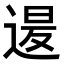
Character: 𮞡